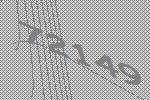
72149